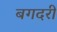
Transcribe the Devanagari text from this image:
बगदरी